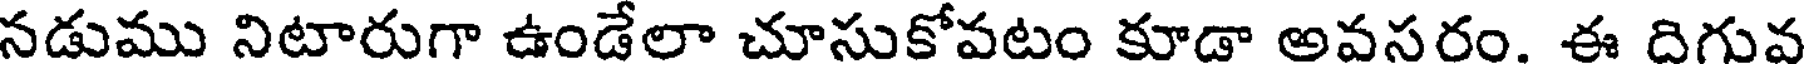
నడుము నిటారుగా ఉండేలా చూసుకోపటం కూడా అవసరం. ఈ దిగువ